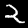
Label: 2